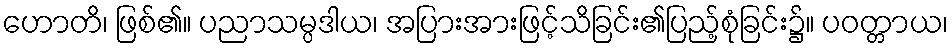
ဟောတိ၊ ဖြစ်၏။ ပညာသမ္ပဒါယ၊ အပြားအားဖြင့်သိခြင်း၏ပြည့်စုံခြင်း၌။ ပဝတ္တာယ၊